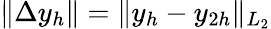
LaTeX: \| \Delta y_{h}\| =\| y_{h}-y_{2h}\| _{L_{2}}